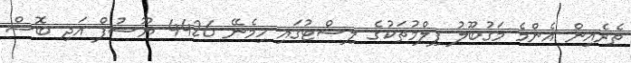
ތެރެއިން އެންމެ މަގުބޫލު ފިލްމުތަކުގެ ލިސްޓުގައި ހިމެނޭ 4426 ޔޫސުފް އަދި ބޮސް